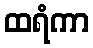
ထရံကာ